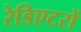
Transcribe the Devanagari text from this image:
रेडिएटरों